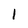
Character: 1